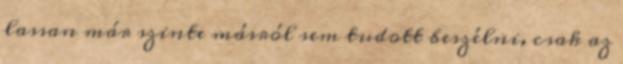
lassan már szinte másról sem tudott beszélni, csak az